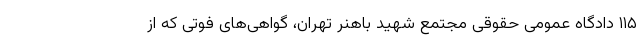
۱۱۵ دادگاه عمومی حقوقی مجتمع شهید باهنر تهران، گواهی‌های فوتی که از